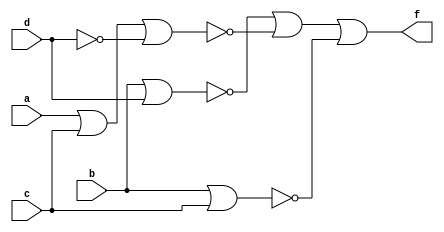
module q3(a,b,c,d,f);
input a,b,c,d;
output f;
//assign f = (~B & ~D) | (~A & ~C & D) | (~B & ~C);
    nor(g1, b, d);
    nor(g2, a, c, ~d);
    nor(g3, b, c);
    nor(h, g1, g2, g3);
    not(f, h);
endmodule